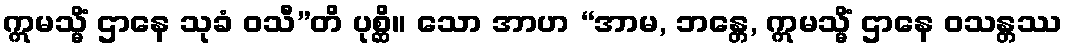
ဣမသ္မိံ ဌာနေ သုခံ ဝသီ”တိ ပုစ္ဆိ။ သော အာဟ “အာမ, ဘန္တေ, ဣမသ္မိံ ဌာနေ ဝသန္တဿ